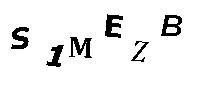
S1MEZB